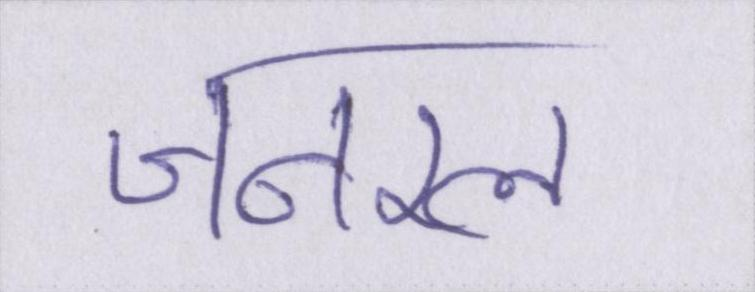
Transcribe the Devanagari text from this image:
जनरल